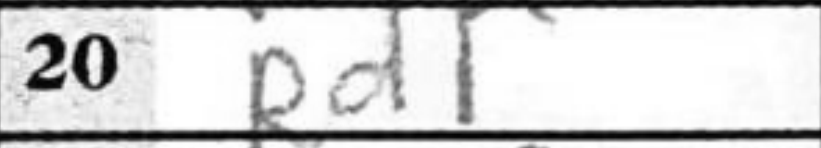
Transcription: Rd1